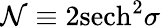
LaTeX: {\cal N}\equiv 2\mathrm{sech}^{2}\sigma